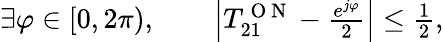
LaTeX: \begin{array}{rl}{\exists\varphi\in[0,2\pi),\quad}&{{}\left|T_{21}^{\mathrm{~O~N~}}-\frac{e^{j\varphi}}{2}\right|\leq\frac{1}{2},}\end{array}